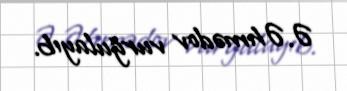
Ə.Əhmədov vurğulayıb.